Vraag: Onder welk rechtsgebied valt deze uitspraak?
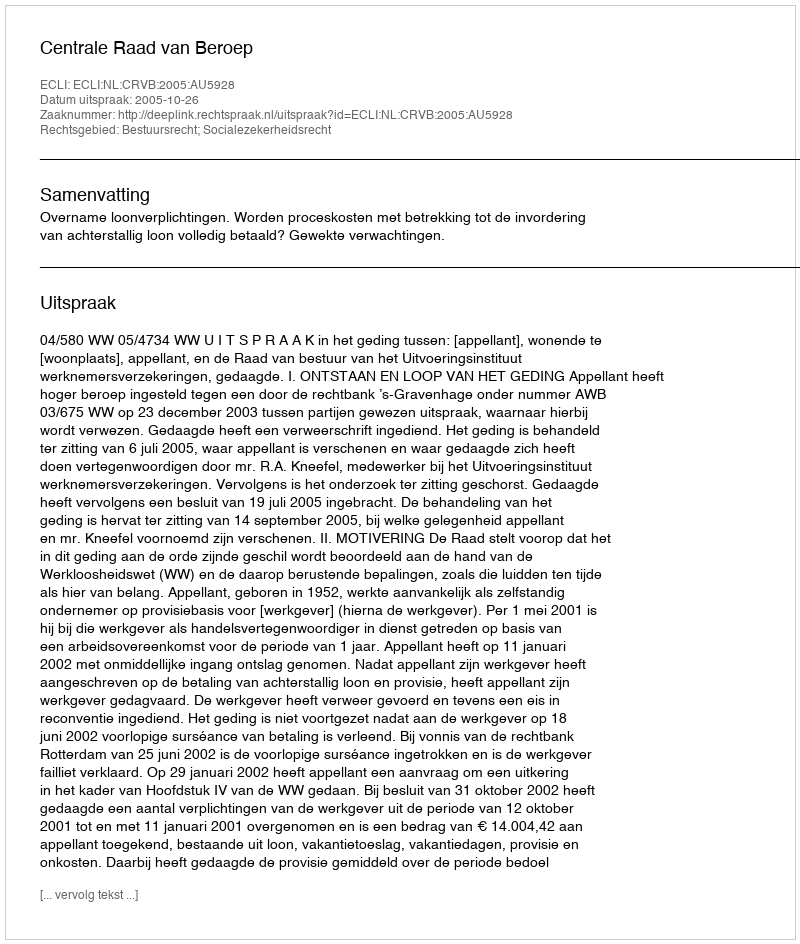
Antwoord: Bestuursrecht; Socialezekerheidsrecht